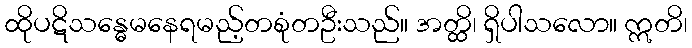
ထိုပဋိသန္ဓေမနေရမည့်တစုံတဦးသည်။ အတ္ထိ၊ ရှိပါသလော။ ဣတိ၊